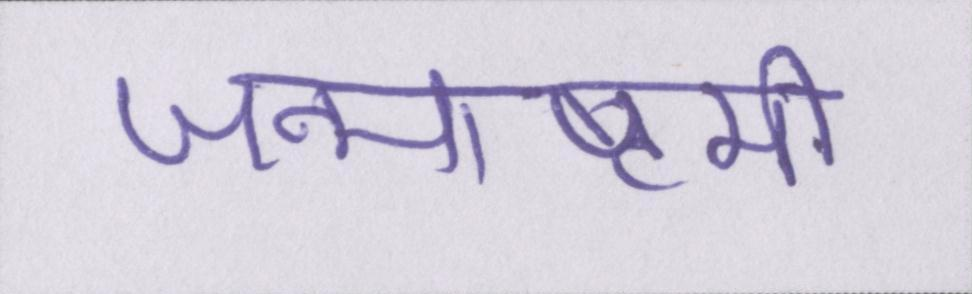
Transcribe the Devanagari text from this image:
जन्माष्टमी